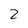
Character: 2